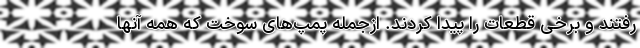
رفتند و برخی قطعات را پیدا کردند. ازجمله پمپ‌های سوخت که همه آنها